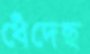
ধেঁদেছ